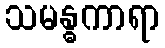
သမန္ဓကာရာ